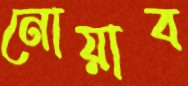
নোয়াব